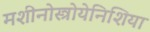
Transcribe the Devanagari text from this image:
मशीनोस्त्रोयेनिशिया